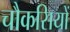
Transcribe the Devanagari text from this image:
चौकसियों